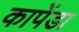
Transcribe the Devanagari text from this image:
कापेंडा